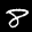
Label: 8